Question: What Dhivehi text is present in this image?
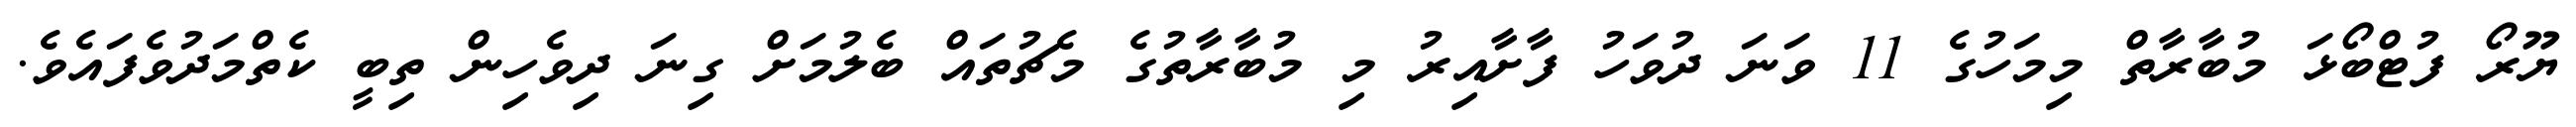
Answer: ޔޫރޯ ފުޓްބޯޅަ މުބާރާތް މިމަހުގެ 11 ވަނަ ދުވަހު ފާށާއިރު މި މުބާރާތުގެ މެޗުތައް ބެލުމަށް ގިނަ ދިވެހިން ތިބީ ކެތްމަދުވެފައެވެ.